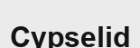
Cypselid